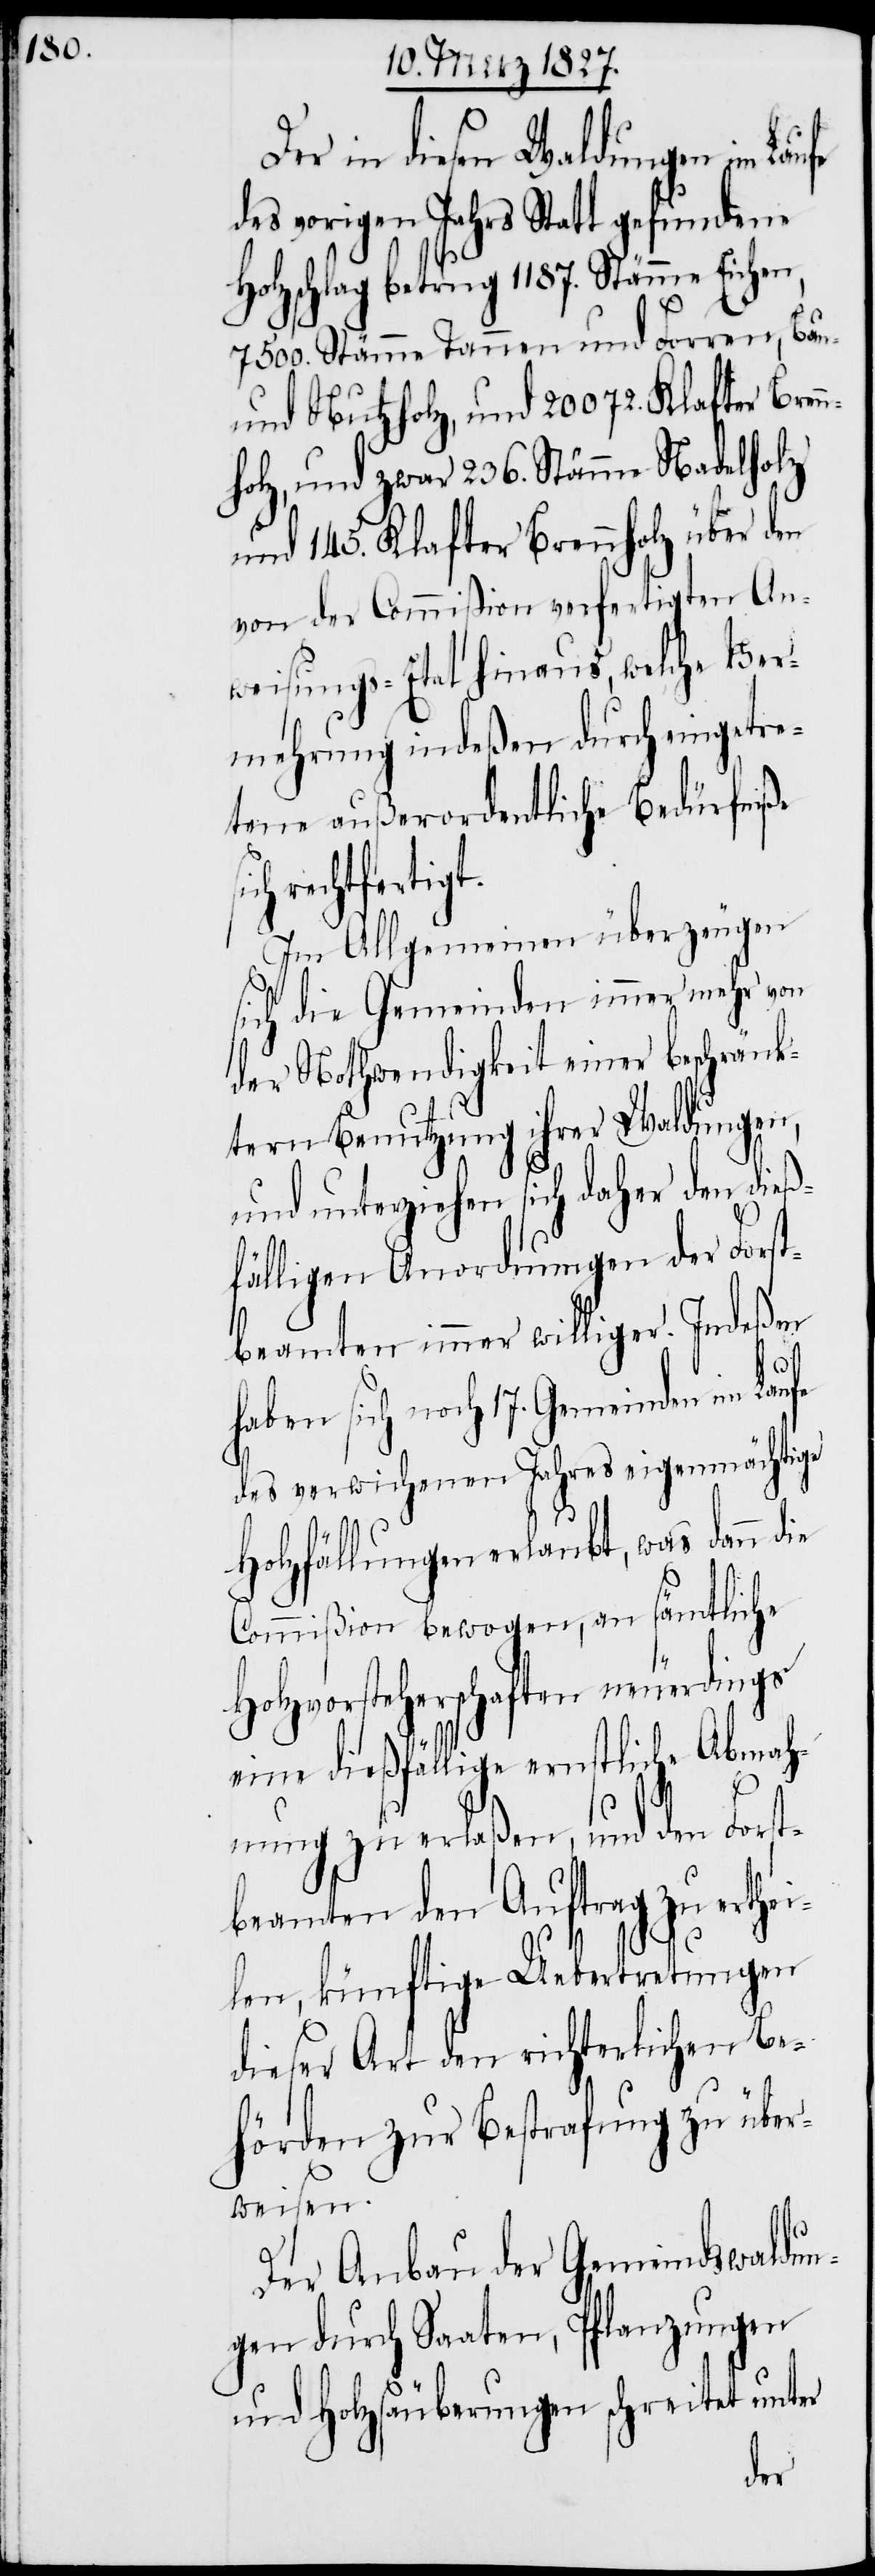
Der in diesen Waldungen im Laufe
des vorigen Jahrs Statt gefundene
Holzschlag betrug 1187. Stämme Eichen,
7500. Stämme Tannen und Forren, Bau-
und Nutzholz, und 20072. Klafter Bren¬
nholz, und zwar 236. Stämme Nadelholz
und 145. Klafter Brennholz über
von der Commißion verfertigen An¬
weisungs-Etat hinaus, welche Ver¬
mehrung indeßen durch eingetre¬
tene außerordentliche Bedürfniße
rechtfertigt.
Im Allgemeinen überzeugen
sich die Gemeinden immer mehr von
der Nothwendigkeit einer beschränk¬
tern Benutzung ihrer Waldungen,
und unterziehen sich daher den dieß¬
fälligen Anordnungen der Forst¬
beamten immer williger. Indeßen
haben sich noch 17. Gemeinden im Lau¬
des verwichenen Jahres eigenmächtige
Holzfällungen erlaubt, was dann die
Commißion bewogen, an sämtliche
Holzvorsteherschaften neuerdings
eine dießfällige ernstliche Abmah¬
nung zu erlaßen, und den Fors¬
tbeamten den Auftrag zu erthe¬
ilen, künftige Uebertretungen
dieser Art den richterlichen Be¬
hörden zur Bestrafung zu über¬
weisen.
Der Anbau der Gemeindswaldun¬
gen durch Saaten, Pflanzungen
und Holzsäuberungen schreitet unter
fe